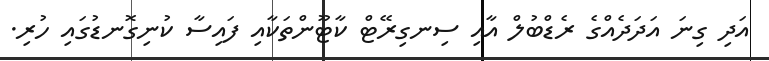
އަދި ގިނަ އަދަދެއްގެ ރެޑްބުލް އާއި ސިނގިރޭޓް ކާޓޫންތަކާއި ފައިސާ ކުނިގޮނޑުގައި ހުރި.